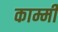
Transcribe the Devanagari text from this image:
काम्मी